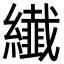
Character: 纎